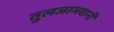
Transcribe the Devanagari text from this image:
तुलजाभवानी